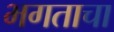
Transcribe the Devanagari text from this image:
भगताचा